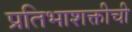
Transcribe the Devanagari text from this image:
प्रतिभाशक्तीची